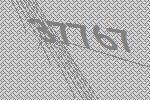
37767